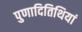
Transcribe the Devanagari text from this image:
पुणादितिथियां